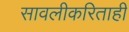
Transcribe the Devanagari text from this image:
सावलीकरिताही